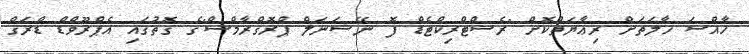
ހާއްސަ ހާލަތަށް ރިޢާޔަތްކޮށް "ރެސްޓްރިކްޓެޑް ފޮ ނޭޝަނަލް ޕްރޮގްރާމްސް"ގެ ގޮތުގައި އެޕްރޫވްޑް ޑްރަގް